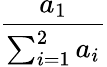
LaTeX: \frac{a_{1}}{\sum_{i=1}^{2}a_{i}}